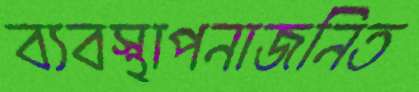
ব্যবস্থাপনাজনিত